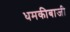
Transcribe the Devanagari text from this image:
धमकीबाजी